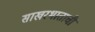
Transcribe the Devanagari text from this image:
साखरभाताची